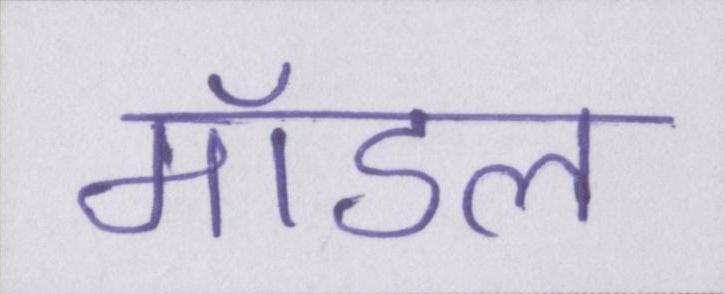
मॉडल